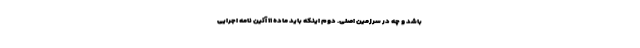
باشد و چه در سرزمین اصلی. دوم اینکه باید ماده ۱۱ آئین نامه اجرایی